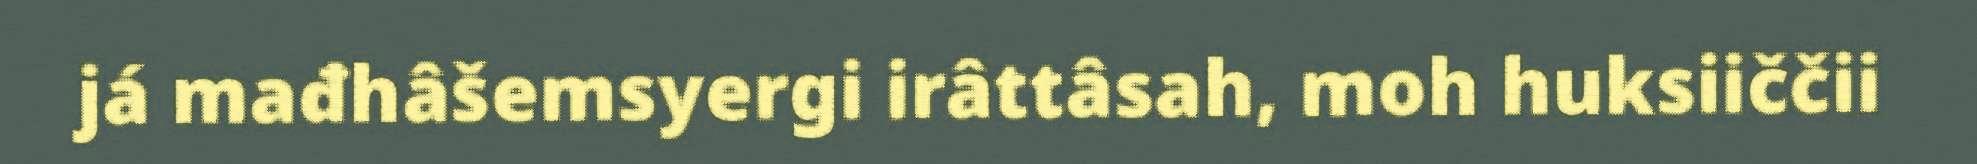
já mađhâšemsyergi irâttâsah, moh huksiiččii